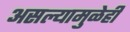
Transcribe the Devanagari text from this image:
असल्यामुळेही